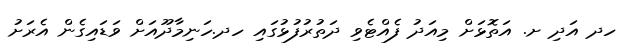
ހދ އަދި ށ. އަތޮޅަށް މިއަދު ފެއްޓެވި ދަތުރުފުޅުގައި ހދ.ހަނިމާދޫއަށް ވަޑައިގެން އެރަށު